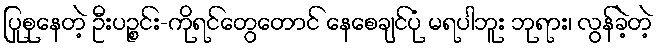
ပြုစုနေတဲ့ ဦးပဉ္စင်း-ကိုရင်တွေတောင် နေစေချင်ပုံ မရပါဘူး ဘုရား၊ လွန်ခဲ့တဲ့